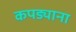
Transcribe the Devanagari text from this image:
कपड्याना